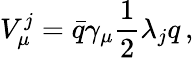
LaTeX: V_{\mu}^{j}={\bar{q}}\gamma_{\mu}{\frac{1}{2}}\lambda_{j}q\, ,